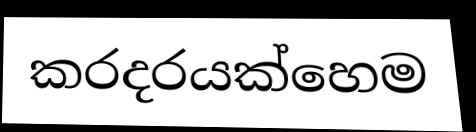
කරදරයක්හෙම